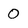
Character: 0